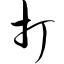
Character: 打